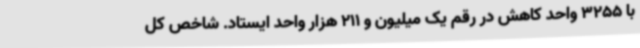
با 3255 واحد کاهش در رقم یک میلیون و 211 هزار واحد ایستاد. شاخص کل